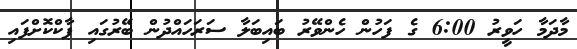
މާދަމާ ހަވީރު 6:00 ގެ ފަހުން ހެންވޭރު ބައިބަލާ ސަރަހައްދުން ބޭރުގައި ޕާކްކޮށްފައި